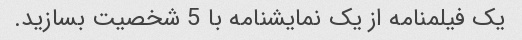
یک فیلمنامه از یک نمایشنامه با 5 شخصیت بسازید.